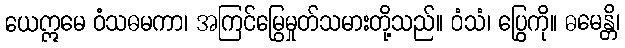
ယေဣမေ ဝံသဓမကာ၊ အကြင်မြွေမှုတ်သမားတို့သည်။ ဝံသံ၊ ပြွေကို။ ဓမေန္တိ၊